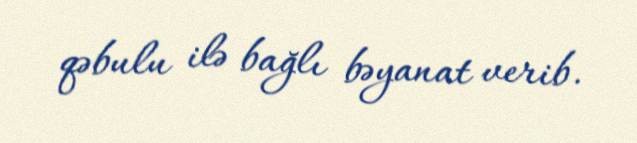
qəbulu ilə bağlı bəyanat verib.